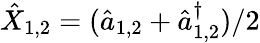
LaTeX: \hat{X}_{1,2}=(\hat{a}_{1,2}+\hat{a}_{1,2}^{\dagger})/2